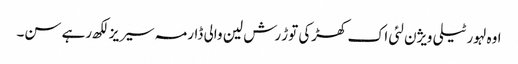
اوہ لہور ٹیلی ویژن لئی اک کھڑکی توڑ رش لین والی ڈارمہ سیریز لکھ رہے سن۔